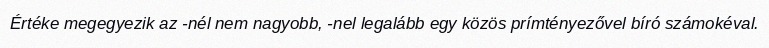
Értéke megegyezik az -nél nem nagyobb, -nel legalább egy közös prímtényezővel bíró számokéval.